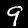
Digit: 9